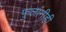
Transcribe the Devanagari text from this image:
फ़ुलांनीही